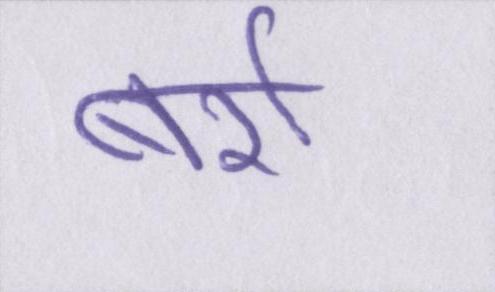
बर्रा